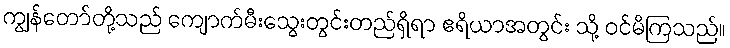
ကျွန်တော်တို့သည် ကျောက်မီးသွေးတွင်းတည်ရှိရာ ဧရိယာအတွင်း သို့ ဝင်မိကြသည်။